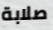
صلابة